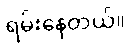
ရမ်းနေတယ်။